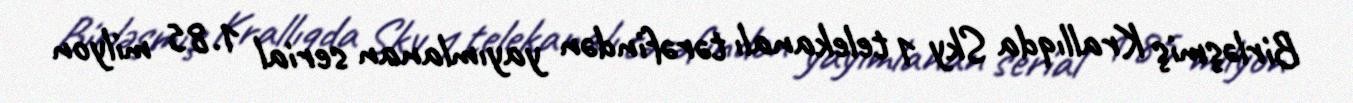
Birləşmiş Krallıqda Sky 1 telekanalı tərəfindən yayımlanan serial 1.85 milyon